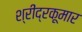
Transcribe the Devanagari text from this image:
श्रींद्रकूमार